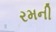
રમની